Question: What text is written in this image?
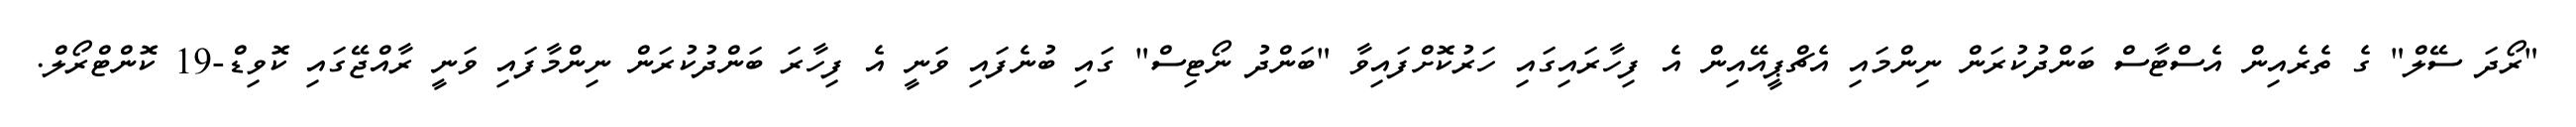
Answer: "ރޯދަ ސޭލް" ގެ ތެރެއިން އެސްޓާސް ބަންދުކުރަން ނިންމައި އެޗްޕީއޭއިން އެ ފިހާރައިގައި ހަރުކޮށްފައިވާ "ބަންދު ނޯޓިސް" ގައި ބުނެފައި ވަނީ އެ ފިހާރަ ބަންދުކުރަން ނިންމާފައި ވަނީ ރާއްޖޭގައި ކޮވިޑް-19 ކޮންޓްރޯލް.